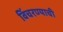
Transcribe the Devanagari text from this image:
विंचरण्याची